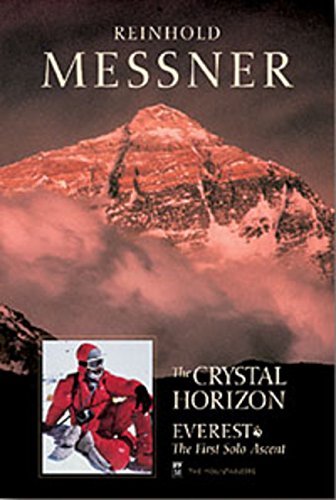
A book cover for The Crystal Horizon: Everest-The First Solo Ascent; Reinhold Messner; Sports & Outdoors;